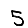
Digit: 5